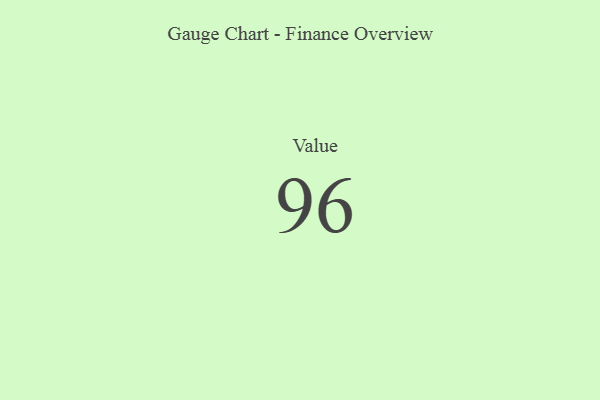
{"axis": {"x": "Metric", "y": "Value"}, "legend": [""], "data": [{"x": "Value", "y": 96, "type": ""}]}